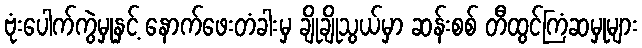
ဗုံးပေါက်ကွဲမှုနှင့် နောက်ဖေးတံခါးမှ ချိုချိုသွယ်မှာ ဆန်းစစ် တီထွင်ကြံဆမှုများ